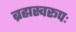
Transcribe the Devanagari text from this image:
ब्रह्मस्वरूपः